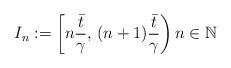
LaTeX: \begin{align*}I_n:=\left[n\dfrac{\bar{t}}{\gamma},\,(n+1)\dfrac{\bar{t}}{\gamma}\right) n \in {\mathbb{N}}\end{align*}